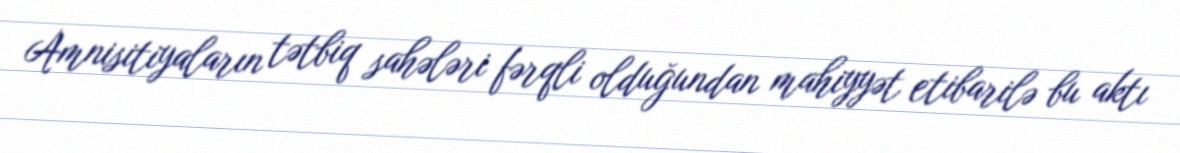
Amnisitiyaların tətbiq sahələri fərqli olduğundan mahiyyət etibarilə bu aktı